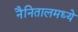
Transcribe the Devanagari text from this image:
नैनितालमध्ये